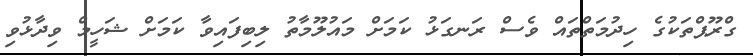
ގްރޫޕްތަކުގެ ހިދުމަތްތައް ވެސް ރަނގަޅު ކަމަށް މައުލޫމާތު ލިބިފައިވާ ކަމަށް ޝަހީމް ވިދާޅުވި